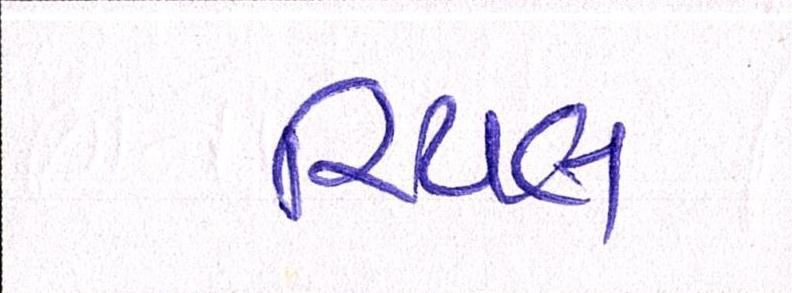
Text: રિયલ